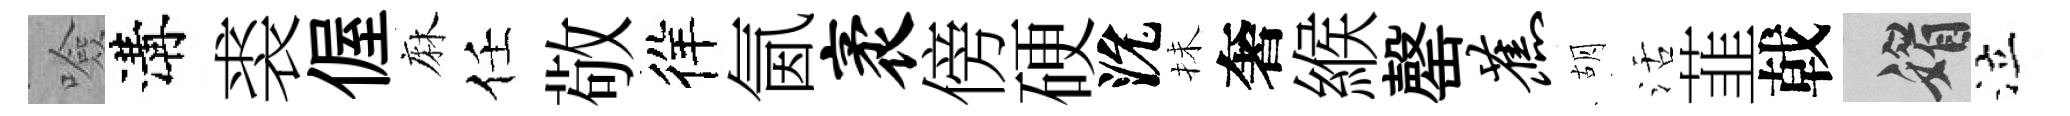
噞溝裘偓麻任敬徉氤袤傍硬沇抺奢緱罄蕉胡活韮戟媚泣